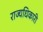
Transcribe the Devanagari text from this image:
राज्यधिकारी